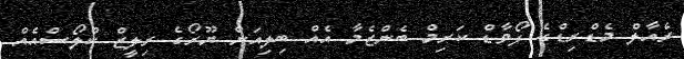
ރެއާލް މެޑްރިޑްގެ ފޯވާޑް ކަރިމް ބެންޒެމާ އެއް ބިލިއަން ޔޫރޯގެ ރިލީޒް ކްލޯސްއެއް